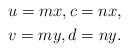
\begin{gather*} u=mx,c=nx,\\ v=my,d=ny.\end{gather*}